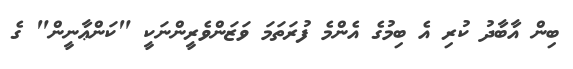
ބިން އާބާދު ކުރި އެ ބިމުގެ އެންމެ ފުރަތަމަ ވަޒަންވެރީންނަކީ "ކަންޢާނީން" ގެ